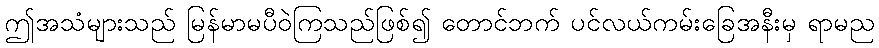
ဤအသံများသည် မြန်မာမပီဝဲကြသည်ဖြစ်၍ တောင်ဘက် ပင်လယ်ကမ်းခြေအနီးမှ ရာမည